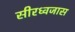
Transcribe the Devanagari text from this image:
सीरध्वजास